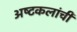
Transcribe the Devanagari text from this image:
अष्‍टकलांची